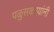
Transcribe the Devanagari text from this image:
पळुसकरयांनी